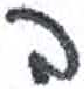
אות: ה